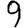
Digit: 9